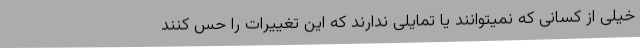
خیلی از کسانی که نمیتوانند یا تمایلی ندارند که این تغییرات را حس کنند